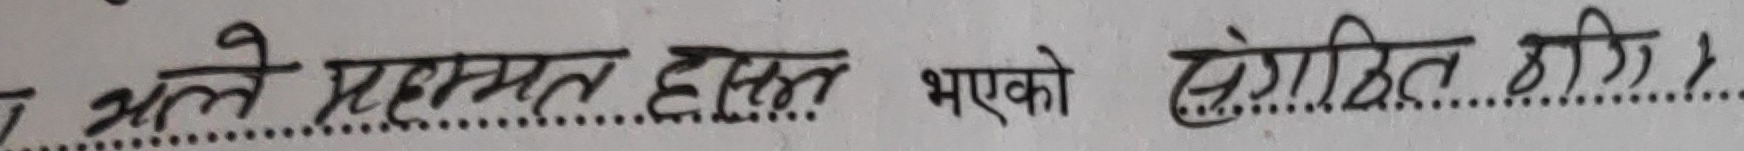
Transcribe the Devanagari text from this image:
ले बहुमत हासिल भएको इंगित गरौँ।